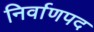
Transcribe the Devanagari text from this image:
निर्वाणपद